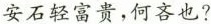
安石轻富贵，何吝也?